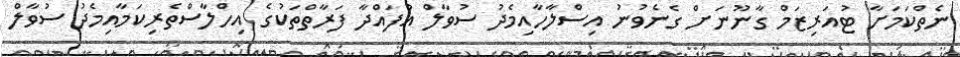
ނެތްކަަމަށާ ޓުއަރިޒަމް ގާނޫނަށް ގެނެވުނު އިސްލާހާއިމެދު ސުވާލް އުފައްދާ ފަރާތްތަކުގެ އިހްލާސްތެރިކަމާއިމެދު ސުވާލް